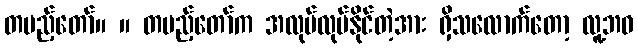
တပည့်တော်။ ။ တပည့်တော်က အလုပ်လုပ်နိုင်တဲ့အား ရှိသလောက်တော့ လူ့ဘဝ